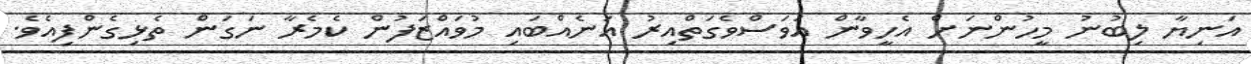
އަނިޔާ ލިބުނު މީހުންނަށް އެހީވާން އަވަސްވެގަތްއިރު އަނެއްބައި މުވައްޒަފުން ކެމެރާ ނަގަން ތެޅިގެންފިއެވެ.